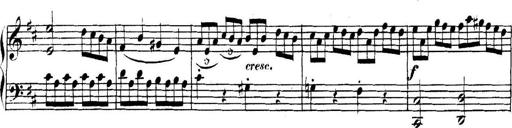
Title: Collected Piano Sonatas
Composer: Muzio Clementi